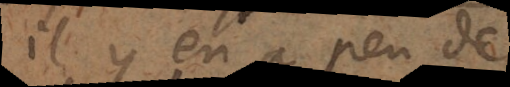
il y en a peu de